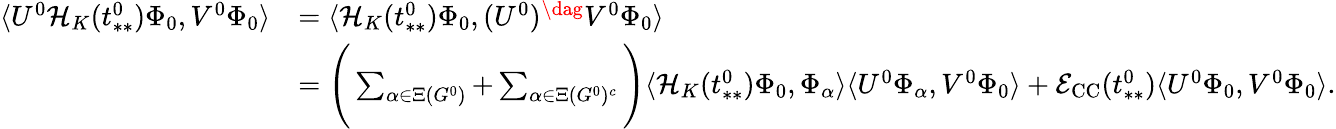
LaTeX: \begin{array}{rl}{\langle U^{0}\mathcal{H}_{K}(t_{**}^{0})\Phi_{0},V^{0}\Phi_{0}\rangle}&{=\langle\mathcal{H}_{K}(t_{**}^{0})\Phi_{0},(U^{0})^{\dag}V^{0}\Phi_{0}\rangle}\\ &{=\Bigg(\sum_{\alpha\in\Xi(G^{0})}+\sum_{\alpha\in\Xi(G^{0})^{c}}\Bigg)\langle\mathcal{H}_{K}(t_{**}^{0})\Phi_{0},\Phi_{\alpha}\rangle\langle U^{0}\Phi_{\alpha},V^{0}\Phi_{0}\rangle+\mathcal{E}_{\mathrm{CC}}(t_{**}^{0})\langle U^{0}\Phi_{0},V^{0}\Phi_{0}\rangle.}\end{array}